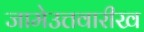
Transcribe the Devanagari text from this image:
जामेउत्तवारीख